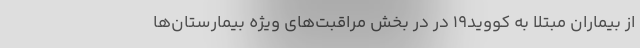
از بیماران مبتلا به کووید۱۹ در در بخش‌ مراقبت‌های ویژه بیمارستان‌ها